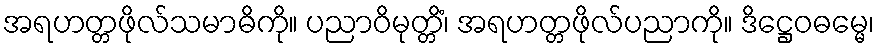
အရဟတ္တဖိုလ်သမာဓိကို။ ပညာဝိမုတ္တိံ၊ အရဟတ္တဖိုလ်ပညာကို။ ဒိဋ္ဌေဝဓမ္မေ၊